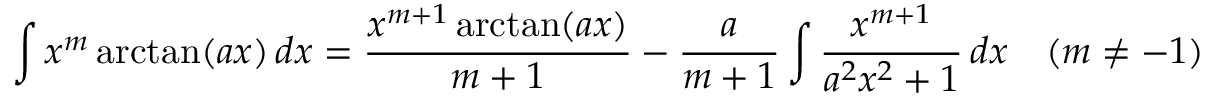
\int x ^ { m } \arctan ( a x ) \, d x = { \frac { x ^ { m + 1 } \arctan ( a x ) } { m + 1 } } - { \frac { a } { m + 1 } } \int { \frac { x ^ { m + 1 } } { a ^ { 2 } x ^ { 2 } + 1 } } \, d x \quad ( m \neq - 1 )